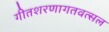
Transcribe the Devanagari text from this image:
गीतशरणागतवत्सल